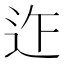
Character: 𨑶